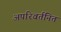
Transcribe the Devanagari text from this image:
अपरिवर्तनित